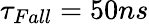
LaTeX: \tau_{Fall}=50ns